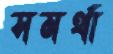
সমর্থা